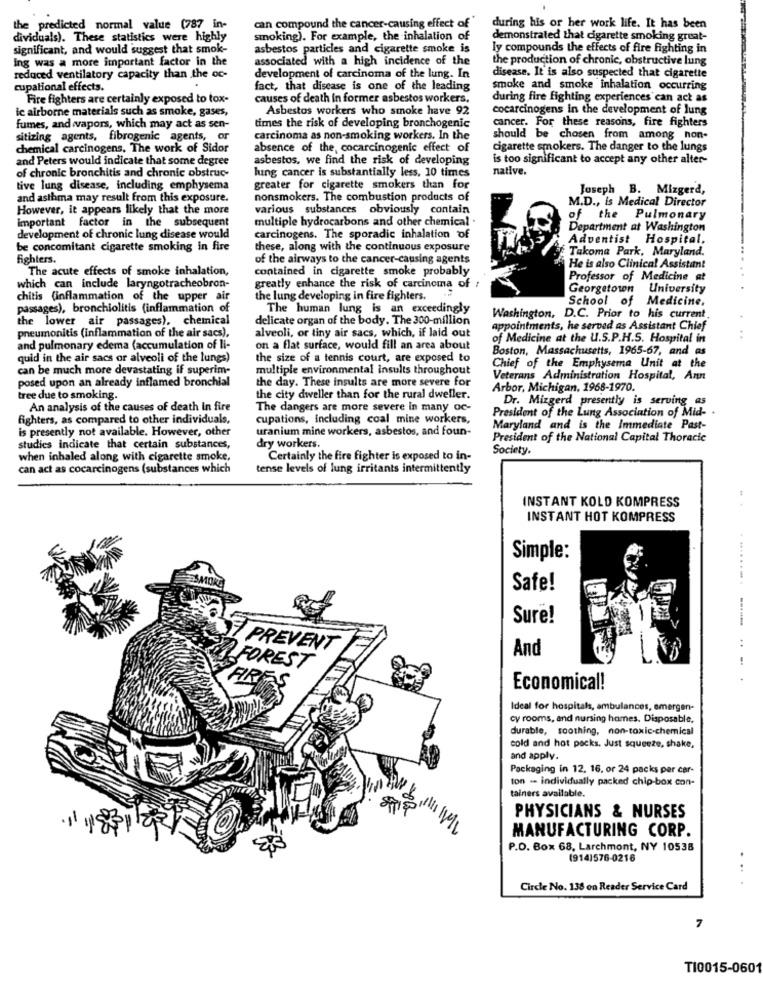
the predicted normal value (787 in-
can compound the cancer-causing effect of
during his or her work life. It has been
dividuals). These statistics were highly
smoking). For example, the inhalation of
demonstrated that cigarette smoking great-
significant, and would suggest that smok-
asbestos particles and cigarette smoke is
ly compounds the effects of fire fighting in
Ing was a more important factor in the
associated with a high incidence of the
the production of chronic, obstructive lung
reduced ventilatory capacity than the oc-
development of carcinoma of the lung. In
disease. It is also suspected that cigarette
cupational effects.
fact, that disease is one of the leading
smoke and smoke inhalation occurring
Fire fighters are certainly exposed to tox-
causes of death in former asbestos workers,
during fire fighting experiences can act as
Asbestos workers who smoke have 92
cocarcinogens in the development of lung
ic airborne materials such as smoke, gases,
cancer. For these reasons, fire fighters
fumes, and vapors, which may act as sen-
times the risk of developing bronchogenic
sitizing agents, fibrogenic agents, or
carcinoma as non-smoking workers. In the
should be chosen from among non-
chemical carcinogens. The work of Sidor
absence of the, cocarcinogenic effect of
cigarette smokers. The danger to the lungs
and Peters would indicate that some degree
asbestos, we find the risk of developing
is too significant to accept any other alter-
lung cancer is substantially less, 10 times
native.
of chronic bronchitis and chronic obstruc-
tive lung disease, including emphysema
greater for cigarette smokers than for
Joseph B. Mizgerd,
and asthma may result from this exposure.
nonsmokers. The combustion products of
M.D ., is Medical Director
However, it appears likely that the more
various substances obviously contain
important factor in the subsequent
multiple hydrocarbons and other chemical .
of the Pulmonary
Department at Washington
development of chronic lung disease would
carcinogens. The sporadic inhalation of
Adventist Hospital.
be concomitant cigarette smoking in fire
these, along with the continuous exposure
Takoma Park, Maryland.
fighters.
of the airways to the cancer-causing agents
The acute effects of smoke inhalation,
contained in cigarette smoke probably
He is also Clinical Assistant
Professor of Medicine at
which can include laryngotracheobron-
greatly enhance the risk of carcinoma of
Georgetown University
chitis (inflammation of the upper air
the lung developing in fire fighters.
School of Medicine.
passages), bronchiolitis (inflammation of
The human lung is an exceedingly
the lower air passages). chemical
delicate organ of the body. The 300-million
Washington, D.C. Prior to his current.
pneumonitis (inflammation of the air sacs),
alveoli, or tiny air sacs, which, if laid out
appointments, he served as Assistant Chief
of Medicine at the U.S.P.H.S. Hospital in
and pulmonary edema (accumulation of li-
on a flat surface, would fill an area about
Boston, Massachusetts, 1965-67, and as
quid in the air sacs or alveoli of the lungs)
the size of a tennis court, are exposed to
can be much more devastating if superim-
multiple environmental insults throughout
Chief of the Emphysema Unit at the
posed upon an already inflamed bronchial
Veterans Administration Hospital, Ann
the day. These insults are more severe for
Arbor, Michigan, 1968-1970.
tree due to smoking.
the city dweller than for the rural dweller.
Dr. Mizgerd presently is serving as
An analysis of the causes of death in fire
The dangers are more severe in many oc-
President of the Lung Association of Mid- .
fighters, as compared to other individuals,
cupations, Including coal mine workers,
is presently not available. However, other
uranium mine workers, asbestos, and foun-
Maryland and is the Immediate Past-
President of the National Capital Thoracic
studies indicate that certain substances,
dry workers.
Society.
when inhaled along with cigarette smoke,
Certainly the fire fighter is exposed to in-
can act as cocarcinogens (substances which
tense levels of lung irritants intermittently
INSTANT KOLD KOMPRESS
INSTANT HOT KOMPRESS
Simple:
SMOKE
Safe!
Sure!
PREVENT
And
FOREST
....
AIRES
Economical!
Ideal for hospitals, ambulances, emergen-
cy rooms, and nursing homes. Disposable,
durable, soothing, non-toxic-chemical
cold and hot packs. Just squeeze, shake,
and apply.
Packaging in 12. 16, or 24 packs per car-
ton - individually packed chip-box con-
tainers available.
PHYSICIANS & NURSES
MANUFACTURING CORP.
P.O. Box 68, Larchmont, NY 10538
(914)576-0216
Circle No. 138 on Reader Service Card
7
TI0015-0601